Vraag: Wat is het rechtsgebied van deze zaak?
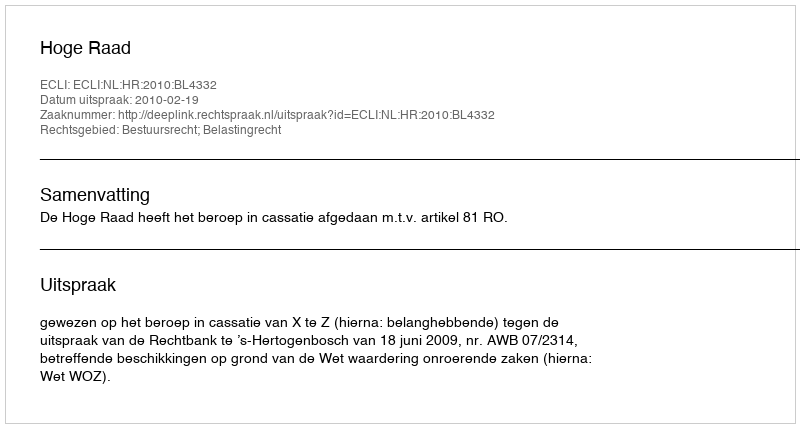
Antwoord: Bestuursrecht; Belastingrecht